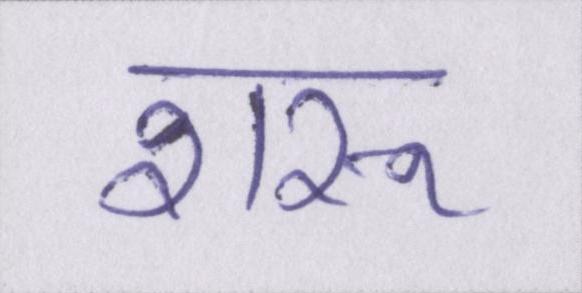
शरू